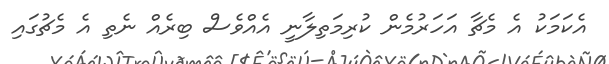
އެކަމަކު އެ މެޗާ އަހަރުމެން ކުރިމަތިލާނީ އެއްވެސް ބިރެއް ނެތި އެ މެޗުގައި